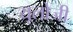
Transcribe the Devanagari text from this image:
यूलोजी